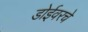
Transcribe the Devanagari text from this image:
डोईवरचे